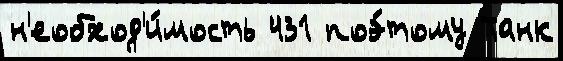
н'еобход'и́мость 431 поэ́тому Танк